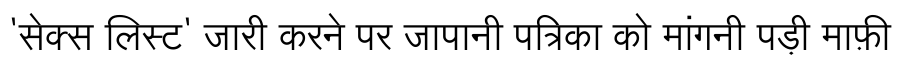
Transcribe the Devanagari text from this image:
'सेक्स लिस्ट' जारी करने पर जापानी पत्रिका को मांगनी पड़ी माफ़ी